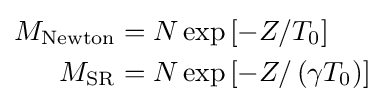
{\begin{aligned}M_{\mathrm {Newton} }&=N\exp \left[-Z/T_{0}\right]\\M_{\mathrm {SR} }&=N\exp \left[-Z/\left(\gamma T_{0}\right)\right]\end{aligned}}